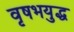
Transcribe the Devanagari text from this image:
वृषभयुद्ध